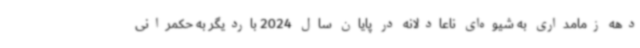
دهه زمامداری به شیوه‌ای ناعادلانه در پایان سال 2024 باردیگر به حکمرانی